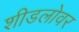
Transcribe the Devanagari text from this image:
शीडलोवर